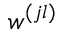
\boldsymbol { w } ^ { ( j l ) }